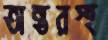
অন্তরস্হ